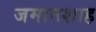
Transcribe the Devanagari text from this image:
जमानशाह